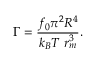
\Gamma = \frac { f _ { 0 } \pi ^ { 2 } R ^ { 4 } } { k _ { B } T \; r _ { m } ^ { 3 } } .